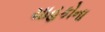
ચાહકોના